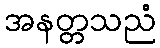
အနတ္တသညံ